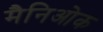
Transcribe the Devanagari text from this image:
मैनिओक